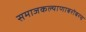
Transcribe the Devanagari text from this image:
समाजकल्याणाबरोबरच